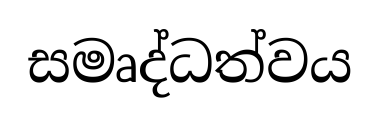
සමෘද්ධත්වය